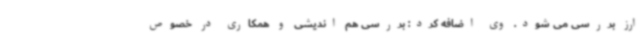
ارز بررسی می شود. وی اضافه کرد: بررسی هم اندیشی و همکاری در خصوص